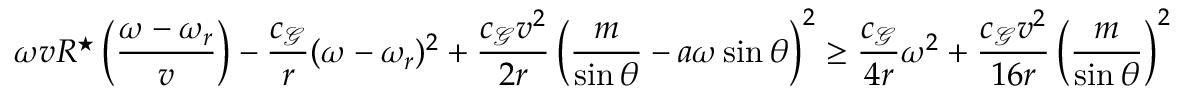
\omega v R ^ { \star } \left( \frac { \omega - \omega _ { r } } { v } \right) - \frac { c _ { \mathcal { G } } } { r } ( \omega - \omega _ { r } ) ^ { 2 } + \frac { c _ { \mathcal { G } } v ^ { 2 } } { 2 r } \left( \frac { m } { \sin \theta } - a \omega \sin \theta \right) ^ { 2 } \geq \frac { c _ { \mathcal { G } } } { 4 r } \omega ^ { 2 } + \frac { c _ { \mathcal { G } } v ^ { 2 } } { 1 6 r } \left( \frac { m } { \sin \theta } \right) ^ { 2 }